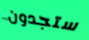
ستجدون